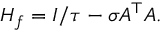
H _ { f } = I / \tau - \sigma A ^ { \top } A .